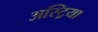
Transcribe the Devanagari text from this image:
अस्ट्रिया